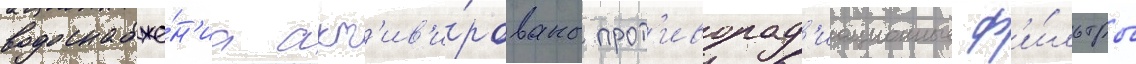
водоснабже́н'иа акт'ив'и́рованы прот'иворад'иационные ф'и́льтры